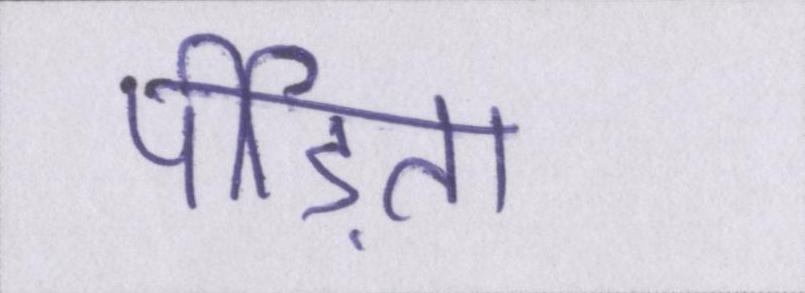
पीड़िता